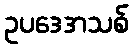
ဥပဒေအသစ်